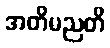
အတိမညတိ